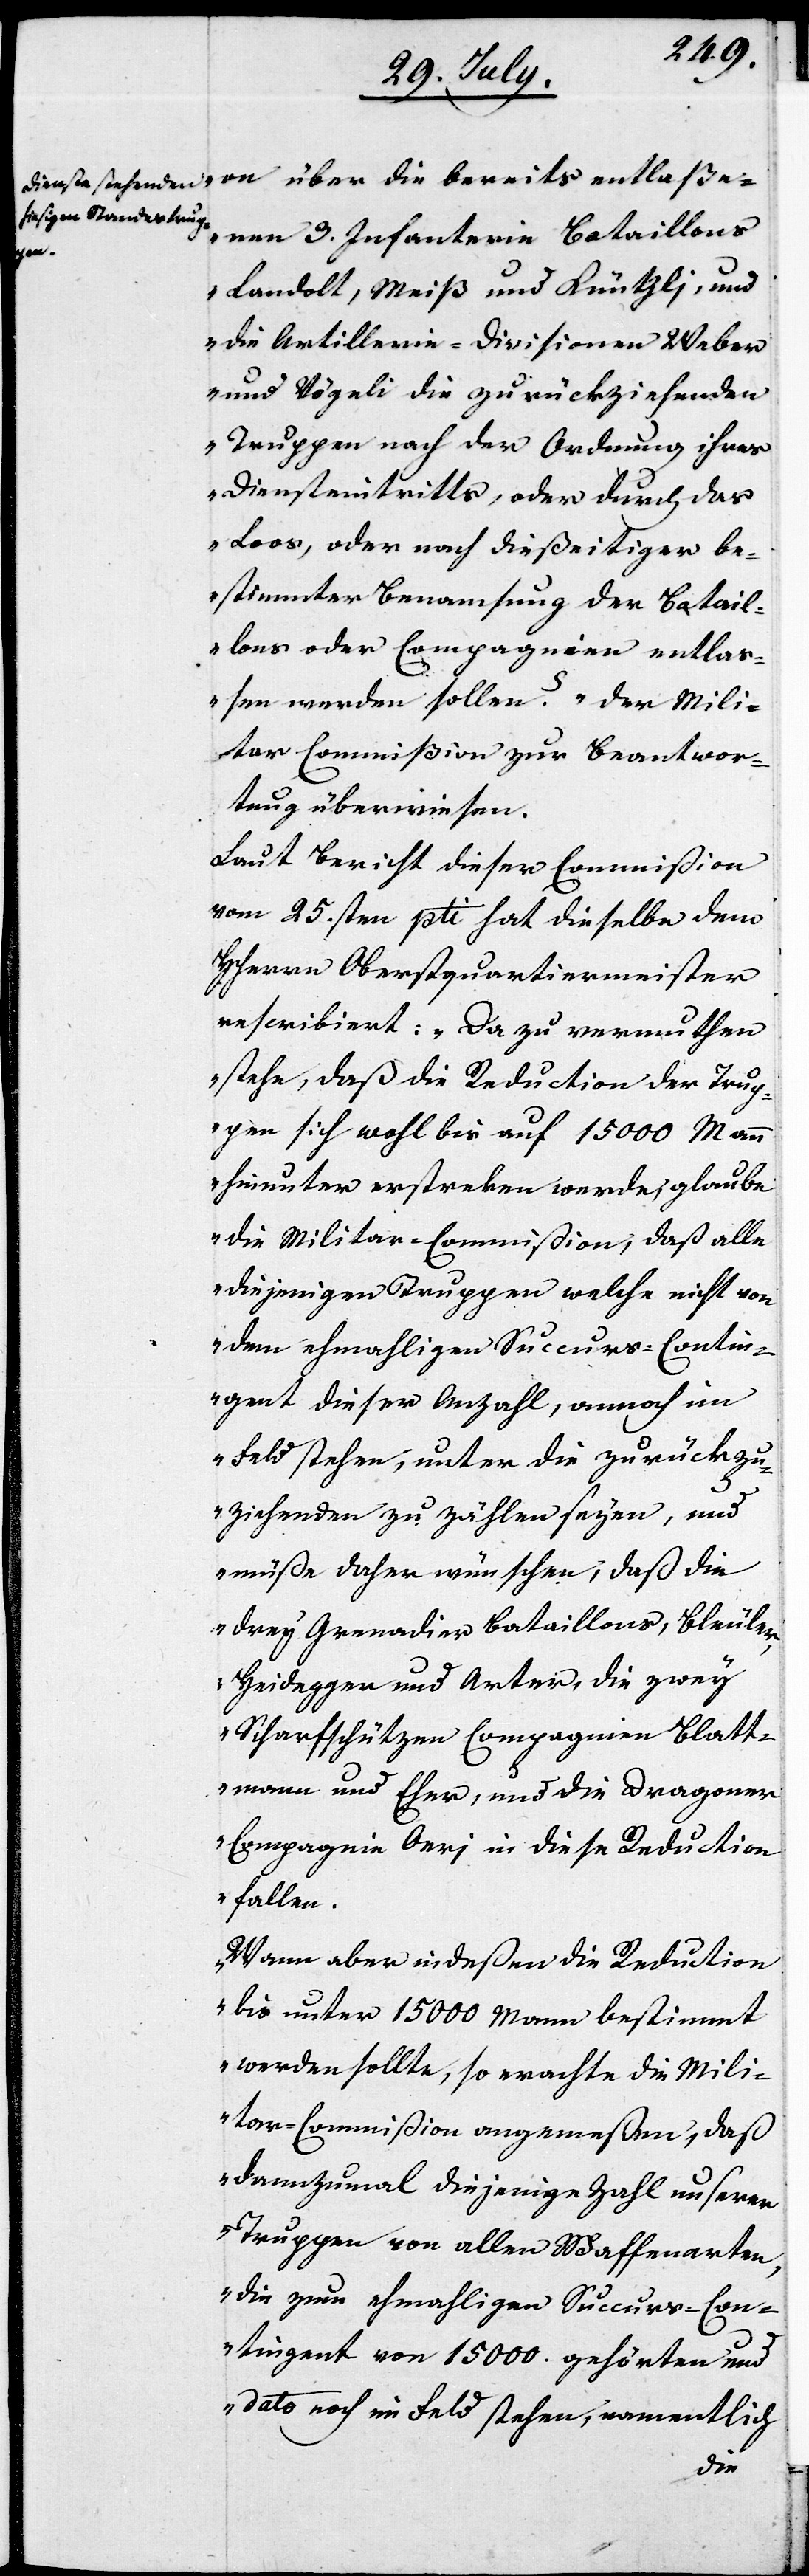
enen 3. Infanterie Bataillons
tlaß¬
Landolt, Meiß und Küntzli, und
die Artillerie-Divisionen Weber
und Vögeli die zurückziehenden
Truppen nach der Ordnung ihres
Diensteintritts, oder durch das
Loos, oder nach dießeitiger be¬
stimmter Benamsung der Batail¬
lons oder Compagnien entlaß¬
en werden sollen?“ der Mili¬
tar-Commißion zur Beantwor¬
tung überwiesen.
Laut Bericht dieser Commißion
vom 25sten pti. hat dieselbe dem
HHerrn Oberstquartiermeister
rescribiert: „Da zu vermuthen
stehe, daß die Reduction der Trup¬
pen sich wohl bis auf 15000. Mann
hinunter erstreken werde, glaube
die Militar-Commißion, daß alle
diejenigen Truppen welche nicht von
dem ehemaligen Succurs-Contin¬
gent dieser Anzahl, annoch im
Feld stehen, unter die zurückz¬
iehenden zu zählen seyen, und
müße daher wünschen, daß die
drey Grenadier-Bataillons, Bleuler,
Heidegger und Arter, die zwey
Scharfschützen Compagnien Blatt¬
mann und Escher, und die Dragoner
Compagnie Oeri in diese Reduction
fallen.
Wenn aber indeßen die Reduction
bis unter 15000. Mann bestimmt
werden sollte, so erachte die Mili¬
tar-Commißion angemeßen, daß
dannzumal diejenige Zahl unserer
Truppen von allen Waffenarten,
die zum ehemaligen Succurs-Con¬
tingent vom 15000. gehörten und
dato noch im Feld stehen, namentlich
die